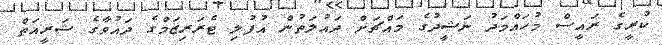
ކުރީގެ ރައީސް މުހައްމަދު ނަޝީދުގެ މައްޗަށް ދައުލަތުން އުފުލި ޓެރަރިޒަމްގެ ދައުވާގެ ޝަރީއަތް